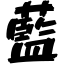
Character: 藍